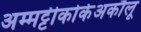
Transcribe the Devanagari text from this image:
अम्मट्टीकोर्केअकौलू